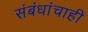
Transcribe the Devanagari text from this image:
संबंधांचाही